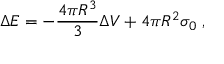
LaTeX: \Delta E = - \frac { 4 \pi R ^ { 3 } } { 3 } \Delta V + 4 \pi R ^ { 2 } \sigma _ { 0 } \: ,